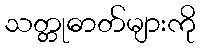
သတ္တုဓာတ်များကို